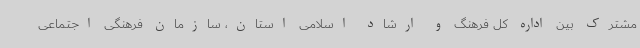
مشترک بین اداره کل فرهنگ و ارشاد اسلامی استان، سازمان فرهنگی اجتماعی